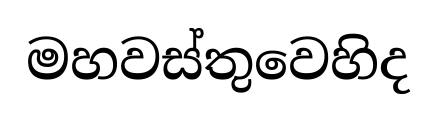
මහවස්තුවෙහිද